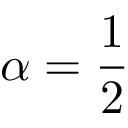
\alpha = { \frac { 1 } { 2 } }